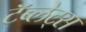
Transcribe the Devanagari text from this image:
टॅब्लेट्‍स